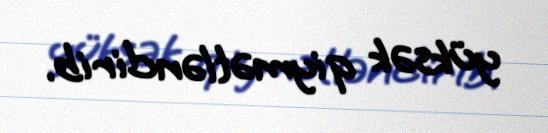
yüksək qiymətləndirib.